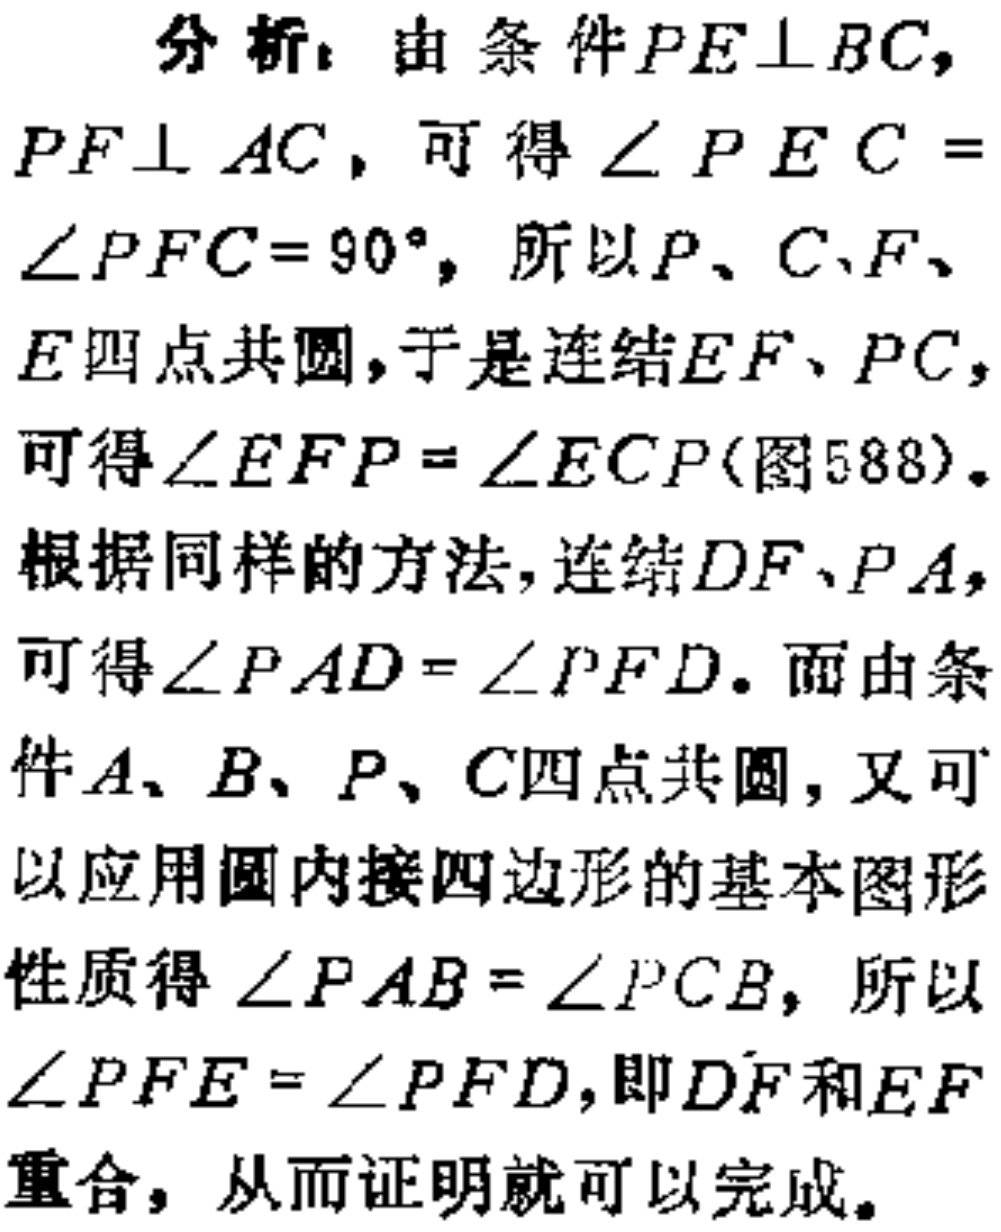
分析：由条件\(PE\perp BC\)，\(PF\perp AC\)，可得\(\angle PEC = \angle PFC = 90^{\circ}\)，所以\(P\)、\(C\)、\(F\)、\(E\)四点共圆，于是连结\(EF\)、\(PC\)，可得\(\angle EFP=\angle ECP\)(图588)。根据同样的方法，连结\(DF\)、\(PA\)，可得\(\angle PAD = \angle PFD\)。而由条件\(A\)、\(B\)、\(P\)、\(C\)四点共圆，又可以应用圆内接四边形的基本图形性质得\(\angle PAB=\angle PCB\)，所以\(\angle PFE=\angle PFD\)，即\(DF\)和\(EF\)重合，从而证明就可以完成。